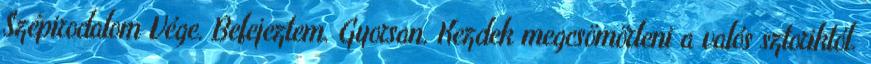
Szépirodalom Vége. Befejeztem. Gyorsan. Kezdek megcsömörleni a valós sztoriktól.